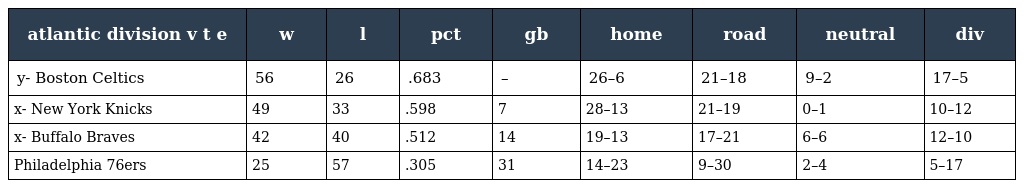
| atlantic division v t e | w | l | pct | gb | home | road | neutral | div |
 | --- | --- | --- | --- | --- | --- | --- | --- | --- |
 | y- Boston Celtics | 56 | 26 | .683 | – | 26–6 | 21–18 | 9–2 | 17–5 |
 | x- New York Knicks | 49 | 33 | .598 | 7 | 28–13 | 21–19 | 0–1 | 10–12 |
 | x- Buffalo Braves | 42 | 40 | .512 | 14 | 19–13 | 17–21 | 6–6 | 12–10 |
 | Philadelphia 76ers | 25 | 57 | .305 | 31 | 14–23 | 9–30 | 2–4 | 5–17 |